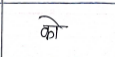
मजकूर: को